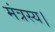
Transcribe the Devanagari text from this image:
मंत्रस्य।